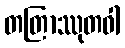
တတြာဿုတဝါ